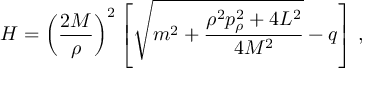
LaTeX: H = \left( \frac { 2 M } { \rho } \right) ^ { 2 } \left[ \sqrt { m ^ { 2 } + \frac { \rho ^ { 2 } p _ { \rho } ^ { 2 } + 4 L ^ { 2 } } { 4 M ^ { 2 } } } - q \right] \, ,